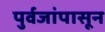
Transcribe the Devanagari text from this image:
पुर्वजांपासून